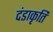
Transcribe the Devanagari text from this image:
दंडाकृति